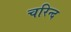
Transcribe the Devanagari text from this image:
चरिन्द